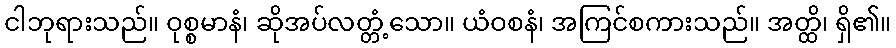
ငါဘုရားသည်။ ဝုစ္စမာနံ၊ ဆိုအပ်လတ္တံ့သော။ ယံဝစနံ၊ အကြင်စကားသည်။ အတ္ထိ၊ ရှိ၏။